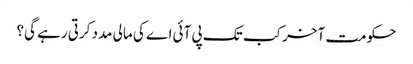
حکومت آخر کب تک پی آئی اے کی مالی مدد کرتی رہے گی؟